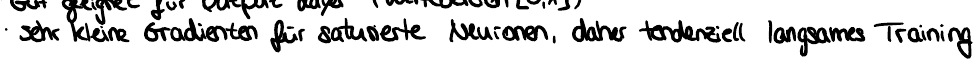
sehr kleine Gradienten für saturierte Neuronen, daher tendenziell langsames Training